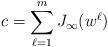
LaTeX: \begin{align*} c=\sum_{\ell=1}^m J_\infty(w^\ell) \end{align*}